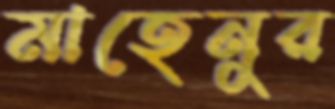
মাহেনুর